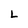
Character: L